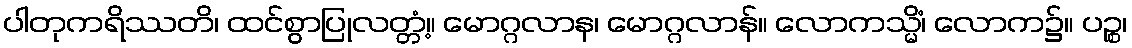
ပါတုကရိဿတိ၊ ထင်စွာပြုလတ္တံ့။ မောဂ္ဂလာန၊ မောဂ္ဂလာန်။ လောကသ္မိံ၊ လောက၌။ ပဉ္စ၊